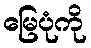
မြေပုံကို